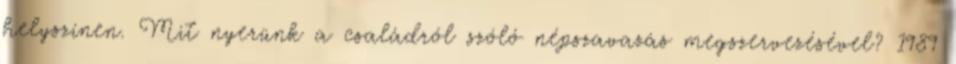
helyszínen. Mit nyerünk a családról szóló népszavazás megszervezésével? 1989